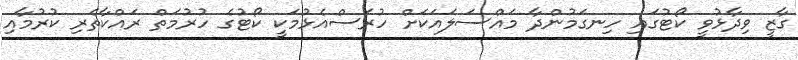
ގާޒީ ވިދާޅުވީ ކޯޓުގައި ހިނގަމުންދާ މައްސަލައަކަށް ހުރަސްއެޅުމަކީ ކޯޓުގެ ހުރުމަތް ރައްކާތެރި ކުރުމާއި